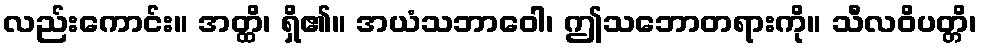
လည်းကောင်း။ အတ္ထိ၊ ရှိ၏။ အယံသဘာဝေါ၊ ဤသဘောတရားကို။ သီလဝိပတ္တိ၊